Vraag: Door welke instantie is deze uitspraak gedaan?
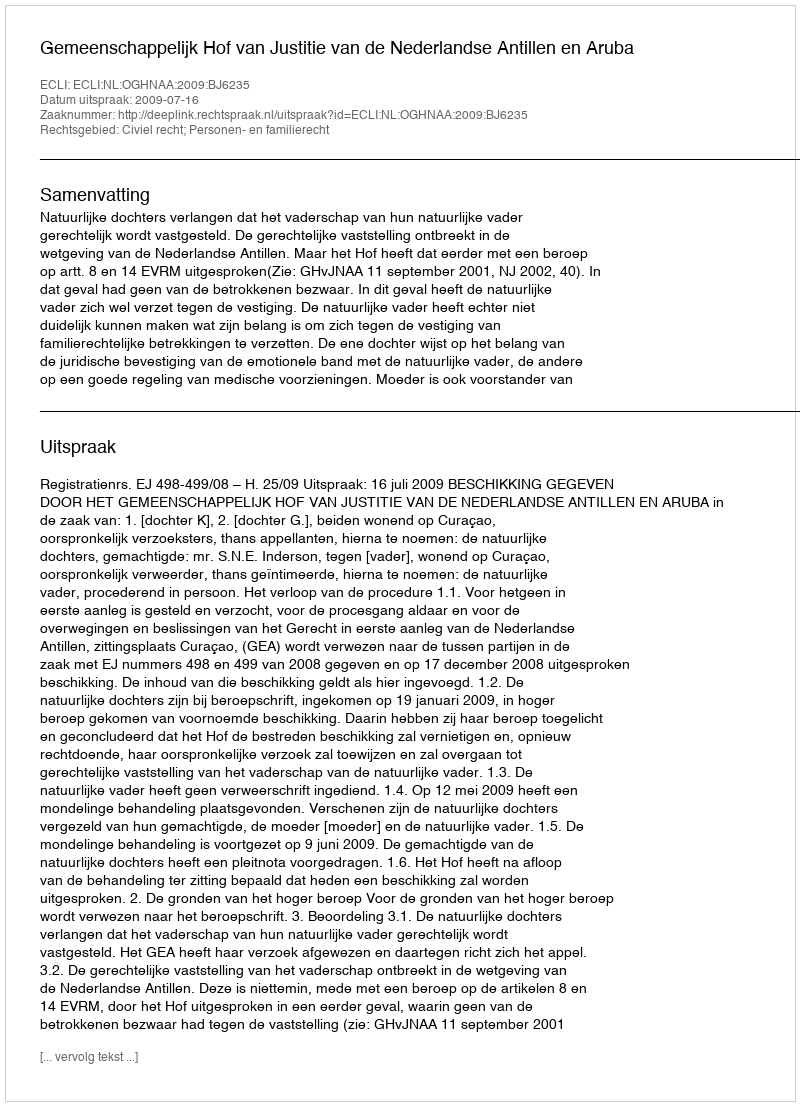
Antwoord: Gemeenschappelijk Hof van Justitie van de Nederlandse Antillen en Aruba